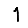
Digit: 1